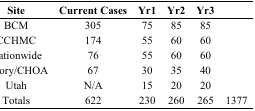
<table><thead><tr><td><b>Site</b></td><td><b>Current Cases</b></td><td><b>Yr1</b></td><td><b>Yr2</b></td><td><b>Yr3</b></td><td></td></tr></thead><tbody><tr><td>BCM</td><td>305</td><td>75</td><td>85</td><td>85</td><td></td></tr><tr><td>CCHMC</td><td>174</td><td>55</td><td>60</td><td>60</td><td></td></tr><tr><td>Nationwide</td><td>76</td><td>55</td><td>60</td><td>60</td><td></td></tr><tr><td>Emory/CHOA</td><td>67</td><td>30</td><td>35</td><td>40</td><td></td></tr><tr><td>Utah</td><td>N/A</td><td>15</td><td>20</td><td>20</td><td></td></tr><tr><td>Totals</td><td>622</td><td>230</td><td>260</td><td>265</td><td>1377</td></tr></tbody></table>